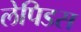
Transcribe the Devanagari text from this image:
लेपिडस